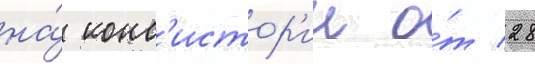
на́ конс'истор'ии о́т 28